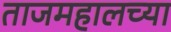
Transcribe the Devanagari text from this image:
ताजमहालच्या